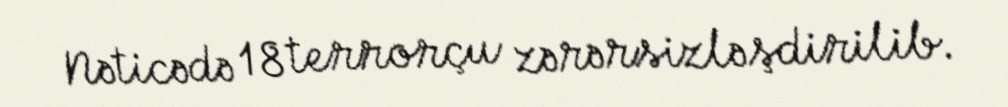
Nəticədə 18 terrorçu zərərsizləşdirilib.